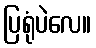
ပြရုံပဲလေ။